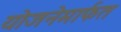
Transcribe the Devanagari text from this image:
योजनेमार्फत